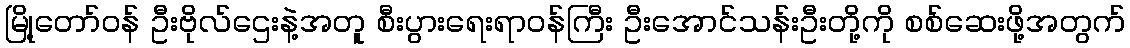
မြို့တော်ဝန် ဦးဗိုလ်ဌေးနဲ့အတူ စီးပွားရေးရာဝန်ကြီး ဦးအောင်သန်းဦးတို့ကို စစ်ဆေးဖို့အတွက်